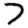
Digit: 7